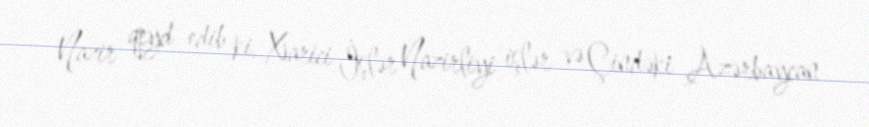
Nazir qeyd edib ki, Xarici İşlər Nazirliyi işlər və Çindəki Azərbaycan